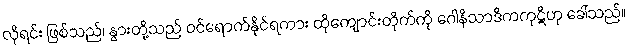
လိုရင်း ဖြစ်သည်၊ နွားတို့သည် ဝင်ရောက်နိုင်ရကား ထိုကျောင်းတိုက်ကို ဂေါနိသာဒိကကုဋိဟု ခေါ်သည်။